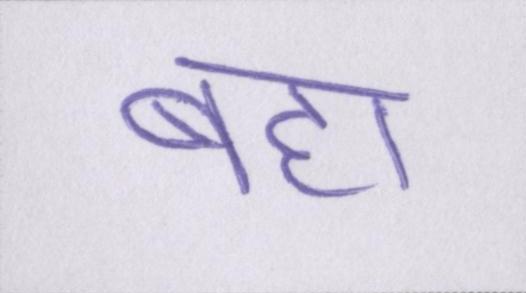
बहा